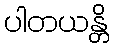
ပါတယန္တိ